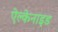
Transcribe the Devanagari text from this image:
ऐल्केनाइड